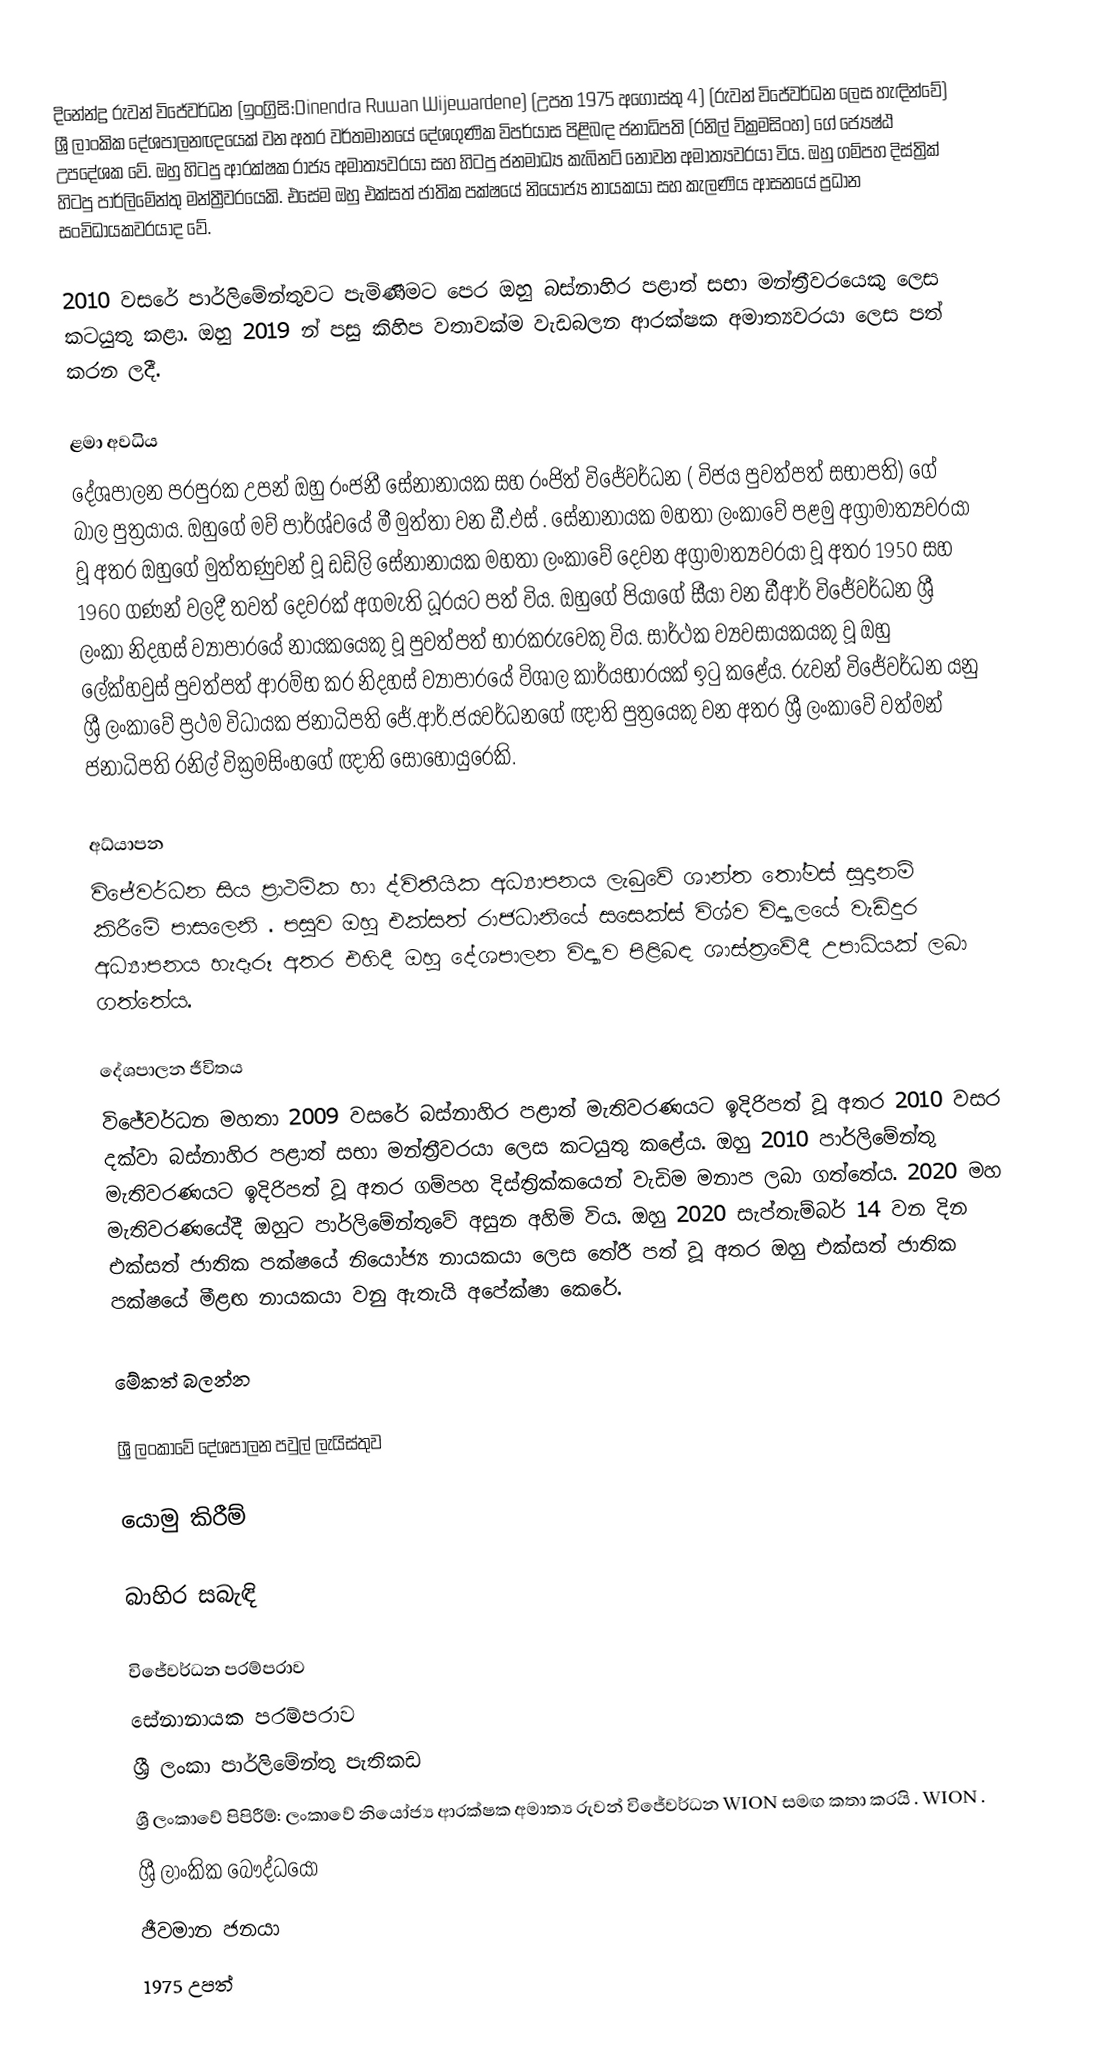
දිනේන්ද්‍ර රුවන් විජේවර්ධන (ඉංග්‍රිසි:Dinendra Ruwan Wijewardene) (උපත 1975 අගෝස්තු 4) (රුවන් විජේවර්ධන ලෙස හැඳින්වේ) ශ්‍රී ලාංකික දේශපාලනඥයෙක් වන අතර වර්තමානයේ දේශගුණික විපර්යාස පිළිබඳ ජනාධිපති (රනිල් වික්‍රමසිංහ) ගේ ජ්‍යෙෂ්ඨ උපදේශක වේ. ඔහු හිටපු ආරක්ෂක රාජ්‍ය අමාත්‍යවරයා සහ හිටපු ජනමාධ්‍ය කැබිනට් නොවන අමාත්‍යවරයා විය. ඔහු ගම්පහ දිස්ත්‍රික් හිටපු පාර්ලිමේන්තු මන්ත්‍රීවරයෙකි. එසේම ඔහු එක්සත් ජාතික පක්ෂයේ නියෝජ්‍ය නායකයා සහ කැලණිය ආසනයේ ප්‍රධාන සංවිධායකවරයාද වේ.

2010 වසරේ පාර්ලිමේන්තුවට පැමිණීමට පෙර ඔහු බස්නාහිර පළාත් සභා මන්ත්‍රීවරයෙකු ලෙස කටයුතු කළා. ඔහු 2019 න් පසු කිහිප වතාවක්ම වැඩබලන ආරක්ෂක අමාත්‍යවරයා ලෙස පත් කරන ලදී.

ළමා අවධිය
දේශපාලන පරපුරක උපන් ඔහු රංජනී සේනානායක සහ රංජිත් විජේවර්ධන ( විජය පුවත්පත් සභාපති) ගේ බාල පුත්‍රයාය. ඔහුගේ මව් පාර්ශ්වයේ මී මුත්තා වන ඩී.එස් . සේනානායක මහතා ලංකාවේ පළමු අග්‍රාමාත්‍යවරයා වූ අතර ඔහුගේ මුත්තණුවන් වූ ඩඩ්ලි සේනානායක මහතා ලංකාවේ දෙවන අග්‍රාමාත්‍යවරයා වූ අතර 1950 සහ 1960 ගණන් වලදී තවත් දෙවරක් අගමැති ධූරයට පත් විය. ඔහුගේ පියාගේ සීයා වන ඩීආර් විජේවර්ධන ශ්‍රී ලංකා නිදහස් ව්‍යාපාරයේ නායකයෙකු වූ පුවත්පත් භාරකරුවෙකු විය. සාර්ථක ව්‍යවසායකයකු වූ ඔහු ලේක්හවුස් පුවත්පත් ආරම්භ කර නිදහස් ව්‍යාපාරයේ විශාල කාර්යභාරයක් ඉටු කළේය. රුවන් විජේවර්ධන යනු ශ්‍රී ලංකාවේ ප්‍රථම විධායක ජනාධිපති ජේ.ආර්.ජයවර්ධනගේ ඥාති පුත්‍රයෙකු වන අතර ශ්‍රී ලංකාවේ වත්මන් ජනාධිපති රනිල් වික්‍රමසිංහගේ ඥාති සොහොයුරෙකි.

අධ්යාපන
විජේවර්ධන සිය ප්‍රාථමික හා ද්විතීයික අධ්‍යාපනය ලැබුවේ ශාන්ත තෝමස් සූදානම් කිරීමේ පාසලෙනි . පසුව ඔහු එක්සත් රාජධානියේ සසෙක්ස් විශ්ව විද්‍යාලයේ වැඩිදුර අධ්‍යාපනය හැදෑරූ අතර එහිදී ඔහු දේශපාලන විද්‍යාව පිළිබඳ ශාස්ත්‍රවේදී උපාධියක් ලබා ගත්තේය.

දේශපාලන ජීවිතය
විජේවර්ධන මහතා 2009 වසරේ බස්නාහිර පළාත් මැතිවරණයට ඉදිරිපත් වූ අතර 2010 වසර දක්වා බස්නාහිර පළාත් සභා මන්ත්‍රීවරයා ලෙස කටයුතු කළේය. ඔහු 2010 පාර්ලිමේන්තු මැතිවරණයට ඉදිරිපත් වූ අතර ගම්පහ දිස්ත්‍රික්කයෙන් වැඩිම මනාප ලබා ගත්තේය. 2020 මහ මැතිවරණයේදී ඔහුට පාර්ලිමේන්තුවේ අසුන අහිමි විය. ඔහු 2020 සැප්තැම්බර් 14 වන දින එක්සත් ජාතික පක්ෂයේ නියෝජ්‍ය නායකයා ලෙස තේරී පත් වූ අතර ඔහු එක්සත් ජාතික පක්ෂයේ මීළඟ නායකයා වනු ඇතැයි අපේක්ෂා කෙරේ.

මේකත් බලන්න

 ශ්‍රී ලංකාවේ දේශපාලන පවුල් ලැයිස්තුව

යොමු කිරීම්

බාහිර සබැඳි

 විජේවර්ධන පරම්පරාව
 සේනානායක පරම්පරාව
 ශ්‍රී ලංකා පාර්ලිමේන්තු පැතිකඩ
 ශ්‍රී ලංකාවේ පිපිරීම්: ලංකාවේ නියෝජ්‍ය ආරක්ෂක අමාත්‍ය රුවන් විජේවර්ධන WION සමඟ කතා කරයි . WION .
ශ්‍රී ලාංකික බෞද්ධයෝ
ජීවමාන ජනයා
1975 උපත්